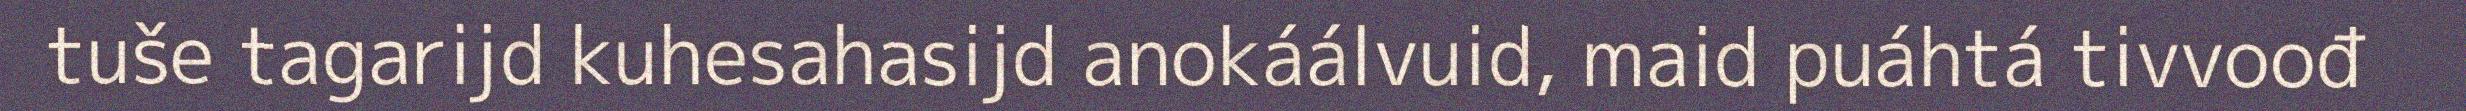
tuše tagarijd kuhesahasijd anokáálvuid, maid puáhtá tivvoođ